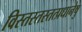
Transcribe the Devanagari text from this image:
विस्तस्तस्तत्प्रधानेषु